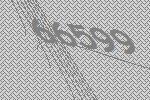
66599